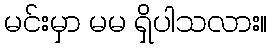
မင်းမှာ မမ ရှိပါသလား။